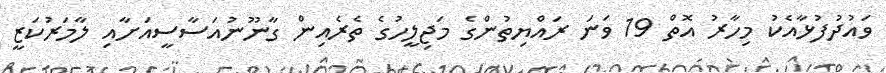
ވައުދުފުޅާއެކު މިހާރު އޮތް 19 ވަނަ ރައްޔިތުންގެ މަޖިލީހުގެ ތެރެއިން ގާނޫނުއަސާސީއަށާއި ލާމަރުކަޒީ